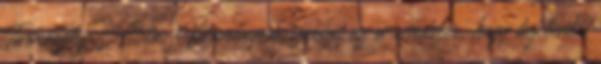
Tarnóczky Attila: Véleményem szerint az a rendszer, hogy bejelentés